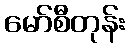
မော်စီတုန်း